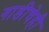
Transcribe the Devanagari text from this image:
गाडीचेही